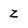
Character: Z